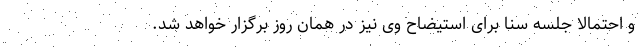
و احتمالا جلسه سنا برای استیضاح وی نیز در همان روز برگزار خواهد شد.